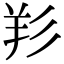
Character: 羏